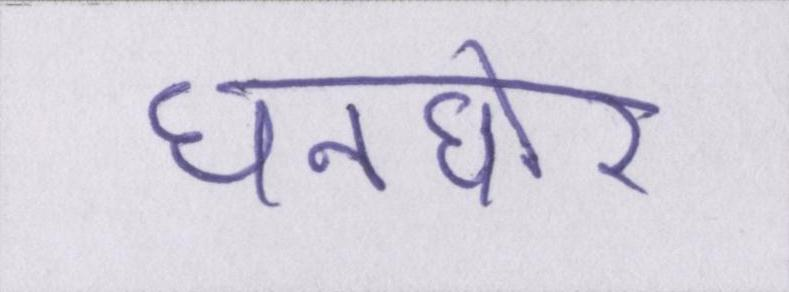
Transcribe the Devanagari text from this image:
घनघोर